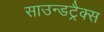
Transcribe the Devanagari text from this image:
साउन्डट्रैक्स